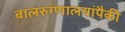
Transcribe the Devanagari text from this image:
बालरुग्णालयांपैकी